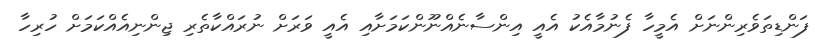
ފަންޑިތަވެރިންނަށް އެމީހާ ފެނުމާއެކު އެއީ އިންސާނެއްނޫންކަމަށާއި އެއީ ވަރަށް ނުރައްކާތެރި ޖިންނިއެއްކަމަށް ހުރިހާ